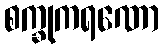
စက္ခုကရဏော